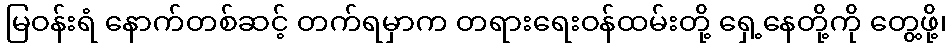
မြဝန်းရံ နောက်တစ်ဆင့် တက်ရမှာက တရားရေးဝန်ထမ်းတို့ ရှေ့နေတို့ကို တွေ့ဖို့၊